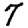
Digit: 7